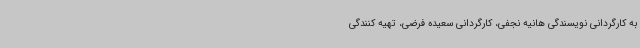
به کارگردانی نویسندگی هانیه نجفی، کارگردانی سعیده فرضی، تهیه کنندگی